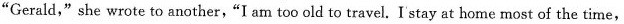
"Gerald，"she wrote to another, "I am too old to travel. I stay at home most of the time,